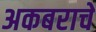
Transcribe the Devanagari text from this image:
अकबराचे